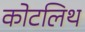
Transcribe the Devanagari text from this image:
कोटलिथ